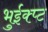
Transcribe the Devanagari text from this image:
भुईक्प्ट